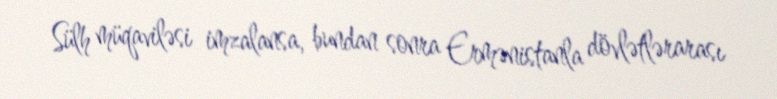
Sülh müqaviləsi imzalansa, bundan sonra Ermənistanla dövlətlərarası